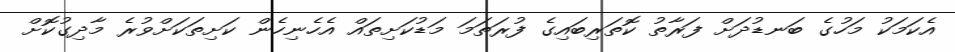
އެކަމަކު މަހުގެ ބަނޑުދަށް ފަރާތު ކޮތަރިބައިގެ ފުރަތަމަ މަޑުކަށިތައް އެހެނިހެން ކަށިތަކަށްވުރެ މާދިގުކޮށް